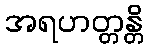
အရဟတ္တန္တိ